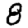
Digit: 8